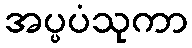
အပ္ပပံသုကာ